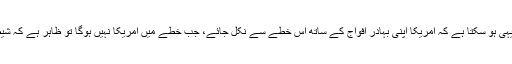
اس حقیقت کے پیش نظر اس خطے کا منطقی حل یہی ہو سکتا ہے کہ امریکا اپنی بہادر افواج کے ساتھ اس خطے سے نکل جائے، جب خطے میں امریکا نہیں ہوگا تو ظاہر ہے کہ شیطانیت بھی نہیں ہوگی عوام سکھ کا سانس لیں گے۔